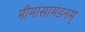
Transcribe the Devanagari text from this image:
मीमांसामंडनम्